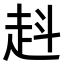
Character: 𧺯